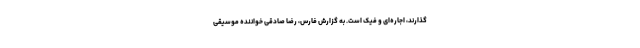
گذارند، اجاره‌ای و فیک است. به گزارش فارس، رضا صادقی خواننده موسیقی